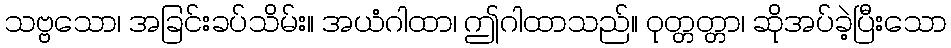
သဗ္ဗသော၊ အခြင်းခပ်သိမ်း။ အယံဂါထာ၊ ဤဂါထာသည်။ ဝုတ္တတ္တာ၊ ဆိုအပ်ခဲ့ပြီးသော